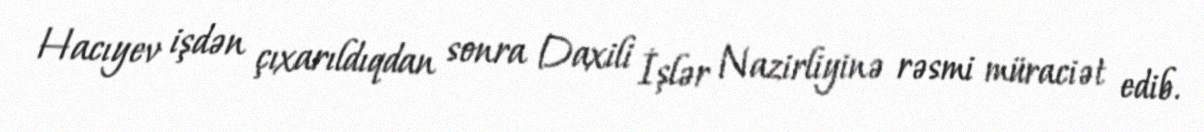
Hacıyev işdən çıxarıldıqdan sonra Daxili İşlər Nazirliyinə rəsmi müraciət edib.